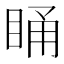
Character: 𭾸